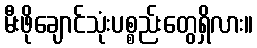
မီးဖိုချောင်သုံးပစ္စည်းတွေရှိလား။